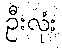
ဦးလုံး